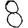
Digit: 8